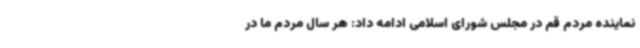
نماینده مردم قم در مجلس شورای اسلامی ادامه داد: هر سال مردم ما در